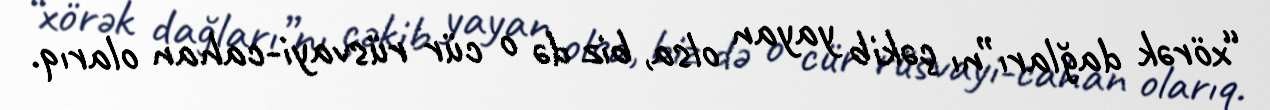
“xörək dağları”nı çəkib yayan olsa, biz də o cür rüsvayi-cahan olarıq.